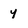
Character: y